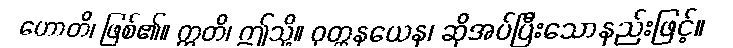
ဟောတိ၊ ဖြစ်၏။ ဣတိ၊ ဤသို့။ ဝုတ္တနယေန၊ ဆိုအပ်ပြီးသောနည်းဖြင့်။